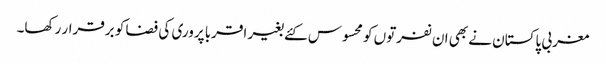
مغربی پاکستان نے بھی ان نفرتوں کو محسوس کئے بغیر اقربا پروری کی فضا کو برقرار رکھا۔